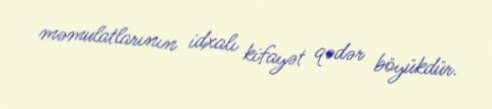
məmulatlarının idxalı kifayət qədər böyükdür.